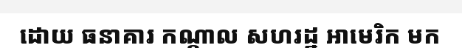
ដោយ ធនាគារ កណ្តាល សហរដ្ឋ អាមេរិក មក